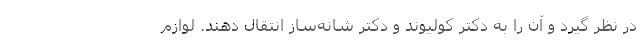
در نظر گیرد و آن را به دکتر کولیوند و دکتر شانه‌ساز انتقال دهند. لوازم